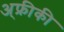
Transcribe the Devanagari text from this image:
अ्फ्रीकी